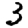
Digit: 3